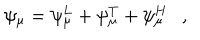
\psi _ { \mu } = \psi _ { \mu } ^ { L } + \psi _ { \mu } ^ { T } + \psi _ { \mu } ^ { H } ,